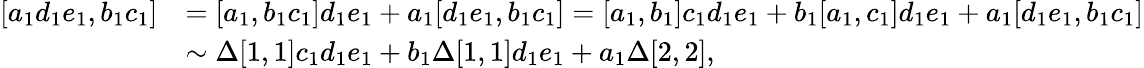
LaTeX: \begin{array}{rl}{\left[a_{1}d_{1}e_{1},b_{1}c_{1}\right]}&{=[a_{1},b_{1}c_{1}]d_{1}e_{1}+a_{1}[d_{1}e_{1},b_{1}c_{1}]=[a_{1},b_{1}]c_{1}d_{1}e_{1}+b_{1}[a_{1},c_{1}]d_{1}e_{1}+a_{1}[d_{1}e_{1},b_{1}c_{1}]}\\ &{\sim\Delta[1,1]c_{1}d_{1}e_{1}+b_{1}\Delta[1,1]d_{1}e_{1}+a_{1}\Delta[2,2],}\end{array}